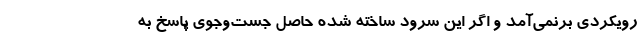
رویکردی برنمی‌آمد و اگر این سرود ساخته شده حاصل جست‌و‌جوی پاسخ به